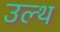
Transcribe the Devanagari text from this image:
उल्थ